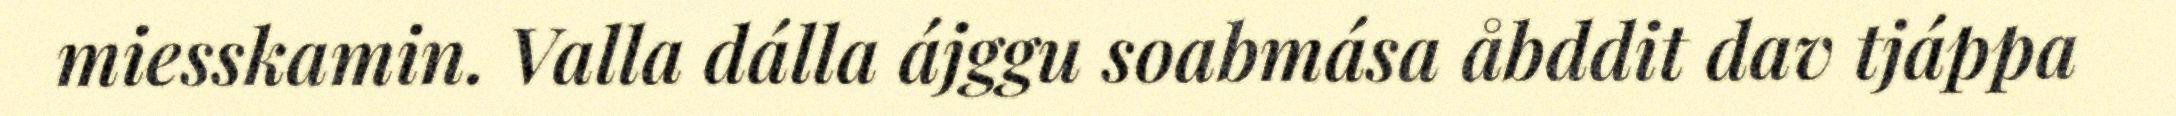
miesskamin. Valla dálla ájggu soabmása åbddit dav tjáppa